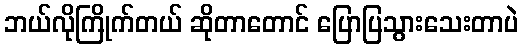
ဘယ်လိုကြိုက်တယ် ဆိုတာတောင် ပြောပြသွားသေးတာပဲ